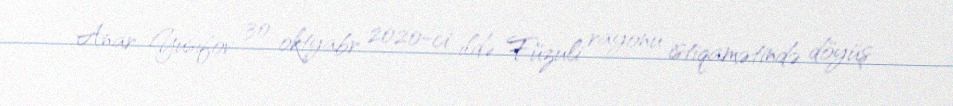
Anar Yusifov 30 oktyabr 2020-ci ildə Füzuli rayonu istiqamətində döyüş